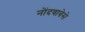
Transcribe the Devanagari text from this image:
नोंदवावेसे